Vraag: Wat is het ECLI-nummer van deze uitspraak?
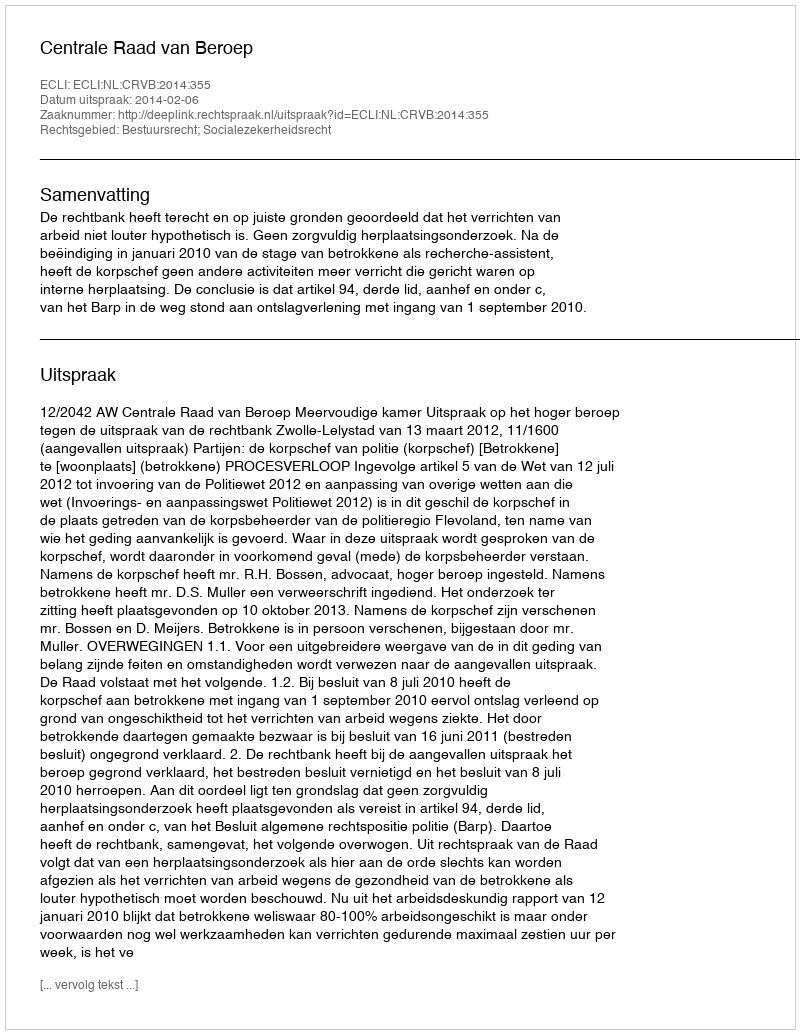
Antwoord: ECLI:NL:CRVB:2014:355